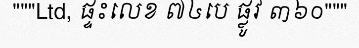
"""Ltd, ផ្ទះលេខ ៧៤បេ ផ្លូវ ៣៦០"""